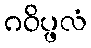
ဂဝိပ္ဖလံ